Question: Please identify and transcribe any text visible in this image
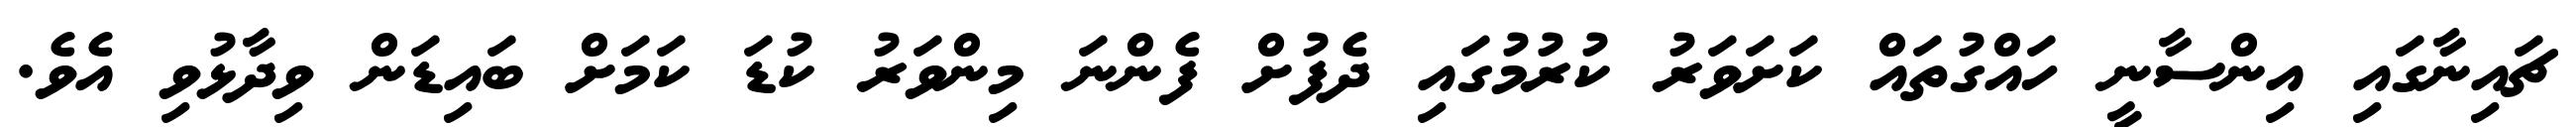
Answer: ޗައިނާގައި އިންސާނީ ހައްގުތައް ކަށަވަރު ކުރުމުގައި ދެފުށް ފެންނަ މިންވަރު ކުޑަ ކަމަށް ބައިޑަން ވިދާޅުވި އެވެ.